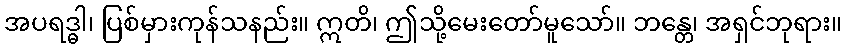
အပရဒ္ဓါ၊ ပြစ်မှားကုန်သနည်း။ ဣတိ၊ ဤသို့မေးတော်မူသော်။ ဘန္တေ၊ အရှင်ဘုရား။